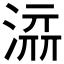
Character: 𰜥